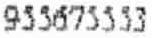
955675553